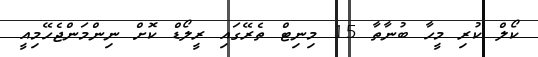
ކޯލް ކުރި މީހާ ބުނާތާ 15 މިނިޓް ތެރޭގައި ރީލޯޑް ކޮށް ނިންމަންޖެހޭމިއީ